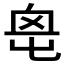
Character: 𡴓